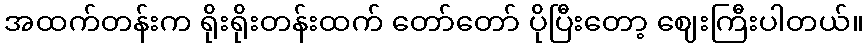
အထက်တန်းက ရိုးရိုးတန်းထက် တော်တော် ပိုပြီးတော့ ဈေးကြီးပါတယ်။